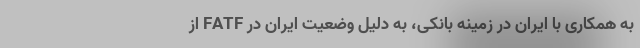
به همکاری با ایران در زمینه بانکی، به دلیل وضعیت ایران در FATF از